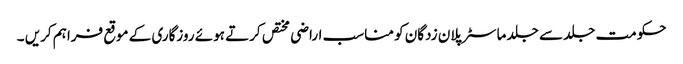
حکومت جلد سے جلد ماسٹر پلان زدگان کو مناسب اراضی مختص کرتے ہوئے روزگاری کے موقع فراہم کریں ۔